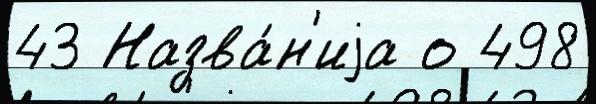
43 Назва́н'иjа о 498